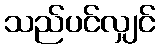
သည်ပင်လျှင်